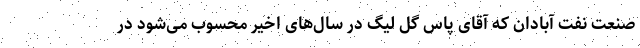
صنعت نفت آبادان که آقای پاس گل لیگ در سال‌های اخیر محسوب می‌شود در